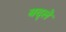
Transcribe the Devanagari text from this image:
बद्ले